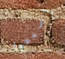
إسمعوا